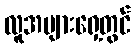
လူအများရှေ့တွင်